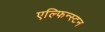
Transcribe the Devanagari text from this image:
एल्फिन्‍स्टन